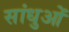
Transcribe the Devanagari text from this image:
सांधुओं